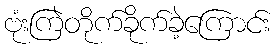
ဗုံးကြဲတိုက်ခိုက်ခဲ့ကြောင်း